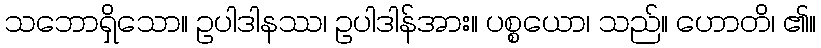
သဘောရှိသော။ ဥပါဒါနဿ၊ ဥပါဒါန်အား။ ပစ္စယော၊ သည်။ ဟောတိ၊ ၏။